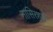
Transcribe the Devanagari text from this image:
नासिरशाह